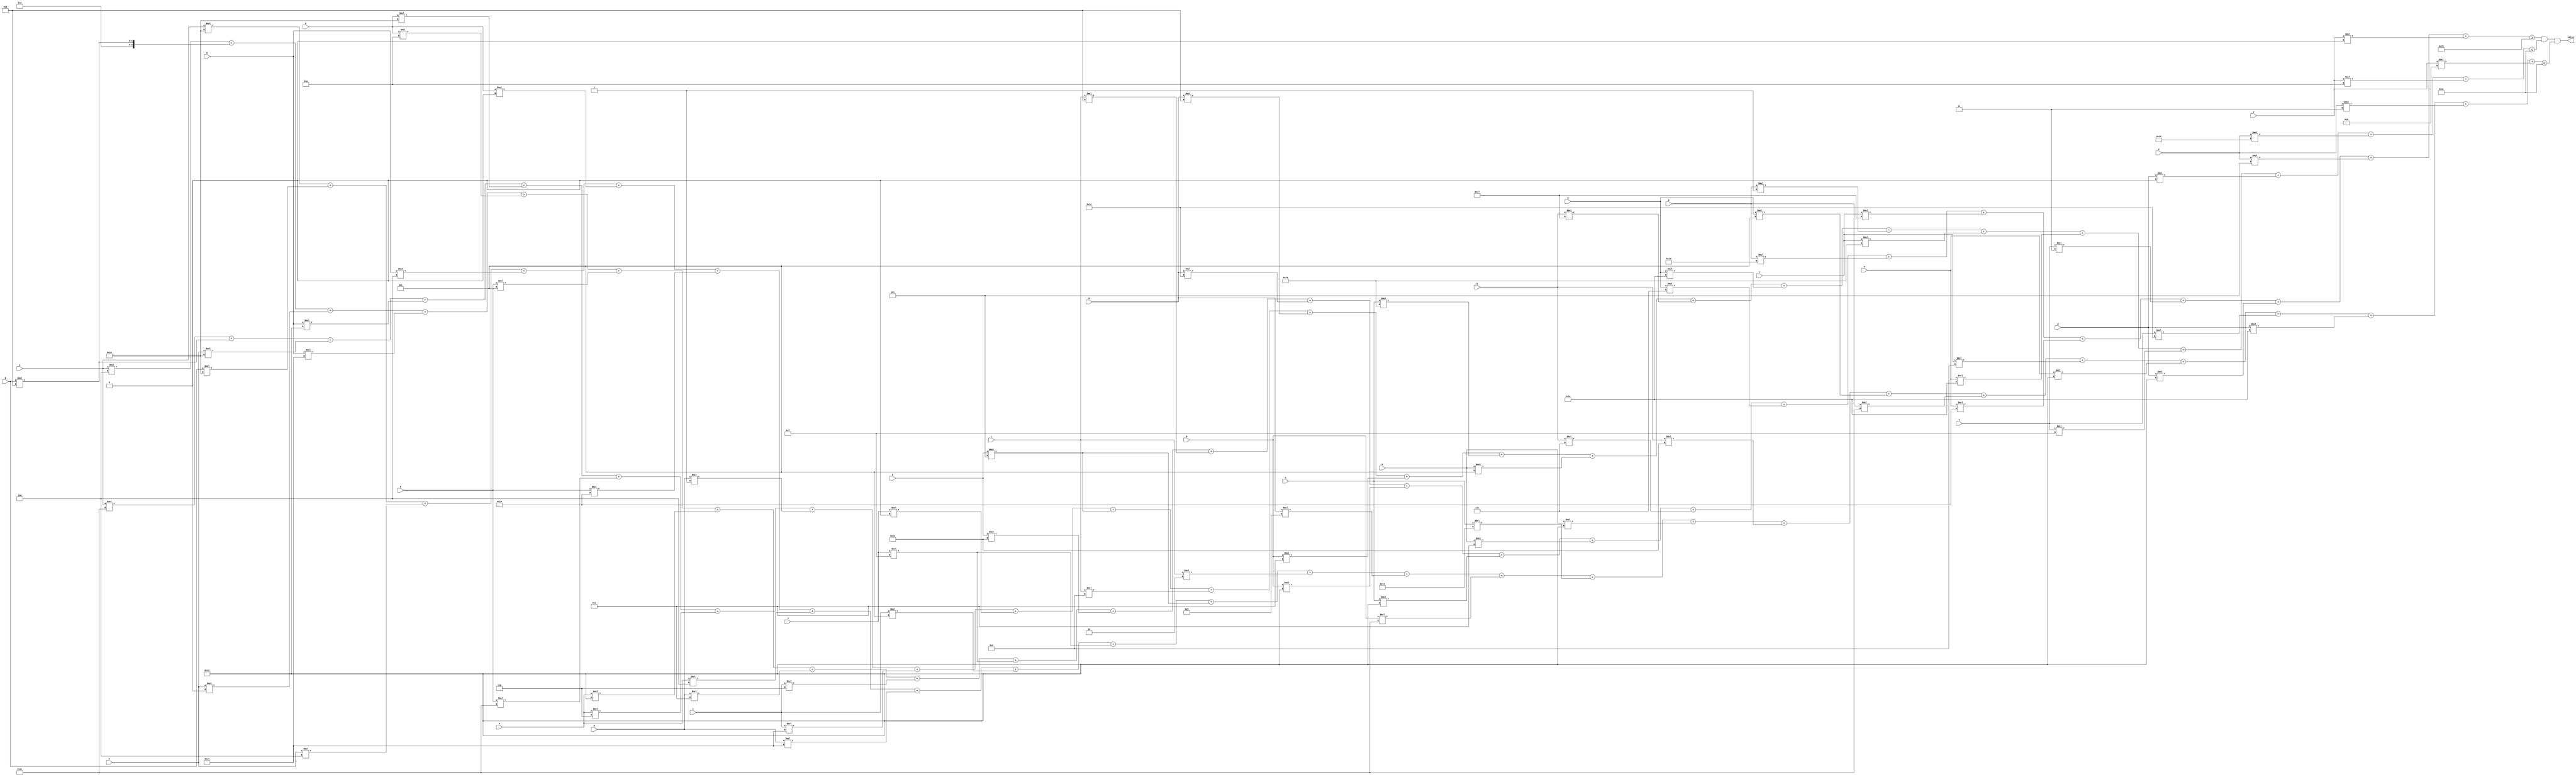
module var25_multi (A, B, C, D, E, F, G, H, I, J, K, L, M, N, O, P, Q, R, S, T, U, V, W, X, Y, valid);
    input A, B, C, D, E, F, G, H, I, J, K, L, M, N, O, P, Q, R, S, T, U, V, W, X, Y;
    output valid;
    wire [8:0] min_value = 9'd120;
    wire [8:0] max_weight = 9'd60;
    wire [8:0] max_volume = 9'd60;
wire [8:0]  total_value = 
        A * 9'd4
      + B * 9'd8
      + C * 9'd0
      + D * 9'd20
      + E * 9'd10
      + F * 9'd12
      + G * 9'd18
      + H * 9'd14
      + I * 9'd6
      + J * 9'd15
      + K * 9'd30
      + L * 9'd8
      + M * 9'd16
      + N * 9'd18
      + O * 9'd18
      + P * 9'd14
      + Q * 9'd7
      + R * 9'd7
      + S * 9'd29
      + T * 9'd23
      + U * 9'd24
      + V * 9'd3
      + W * 9'd18
      + X * 9'd5
      + Y * 9'd0;
    wire [8:0]  total_weight = 
        A * 9'd28
      + B * 9'd8
      + C * 9'd27
      + D * 9'd18
      + E * 9'd27
      + F * 9'd28
      + G * 9'd6
      + H * 9'd1
      + I * 9'd20
      + J * 9'd0
      + K * 9'd5
      + L * 9'd13
      + M * 9'd8
      + N * 9'd14
      + O * 9'd22
      + P * 9'd12
      + Q * 9'd23
      + R * 9'd26
      + S * 9'd1
      + T * 9'd22
      + U * 9'd26
      + V * 9'd15
      + W * 9'd0
      + X * 9'd21
      + Y * 9'd10;
    wire [8:0]  total_volume = 
        A * 9'd27
      + B * 9'd27
      + C * 9'd4
      + D * 9'd4
      + E * 9'd0
      + F * 9'd24
      + G * 9'd4
      + H * 9'd20
      + I * 9'd12
      + J * 9'd15
      + K * 9'd5
      + L * 9'd2
      + M * 9'd9
      + N * 9'd28
      + O * 9'd19
      + P * 9'd18
      + Q * 9'd30
      + R * 9'd12
      + S * 9'd28
      + T * 9'd13
      + U * 9'd18
      + V * 9'd16
      + W * 9'd26
      + X * 9'd3
      + Y * 9'd11;
assign valid = ((total_value >= min_value) && (total_weight <= max_weight) && (total_volume <= max_volume));
endmodule